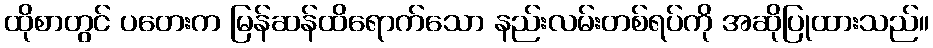
ထိုစာတွင် ပတေးက မြန်ဆန်ထိရောက်သော နည်းလမ်းတစ်ရပ်ကို အဆိုပြုထားသည်။